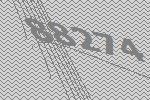
88274